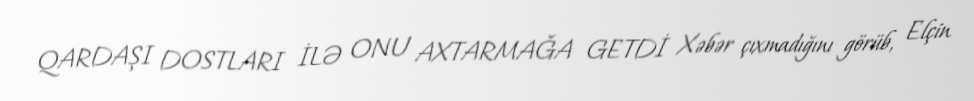
QARDAŞI DOSTLARI İLƏ ONU AXTARMAĞA GETDİ Xəbər çıxmadığını görüb, Elçin